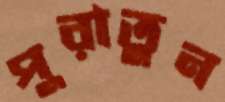
পুরাতুন